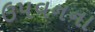
ઉપવનના